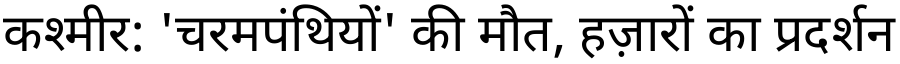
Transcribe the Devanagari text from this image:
कश्मीर: 'चरमपंथियों' की मौत, हज़ारों का प्रदर्शन